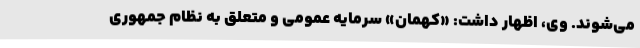
می‌شوند. وی، اظهار داشت: «کهمان» سرمایه عمومی و متعلق به نظام جمهوری